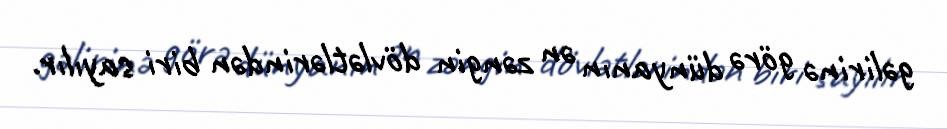
gəlirinə görə dünyanın ən zəngin dövlətlərindən biri sayılır.